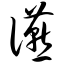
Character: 宴